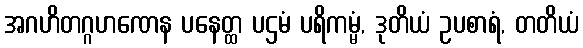
အဂဟိတဂ္ဂဟဏေန ပနေတ္ထ ပဌမံ ပရိကမ္မံ, ဒုတိယံ ဥပစာရံ, တတိယံ